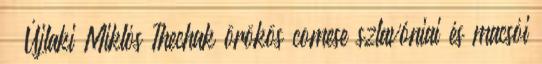
– Újlaki Miklós Thechak örökös comese szlavóniai és macsói